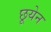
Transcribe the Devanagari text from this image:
छूयेन